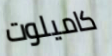
كاميلوت